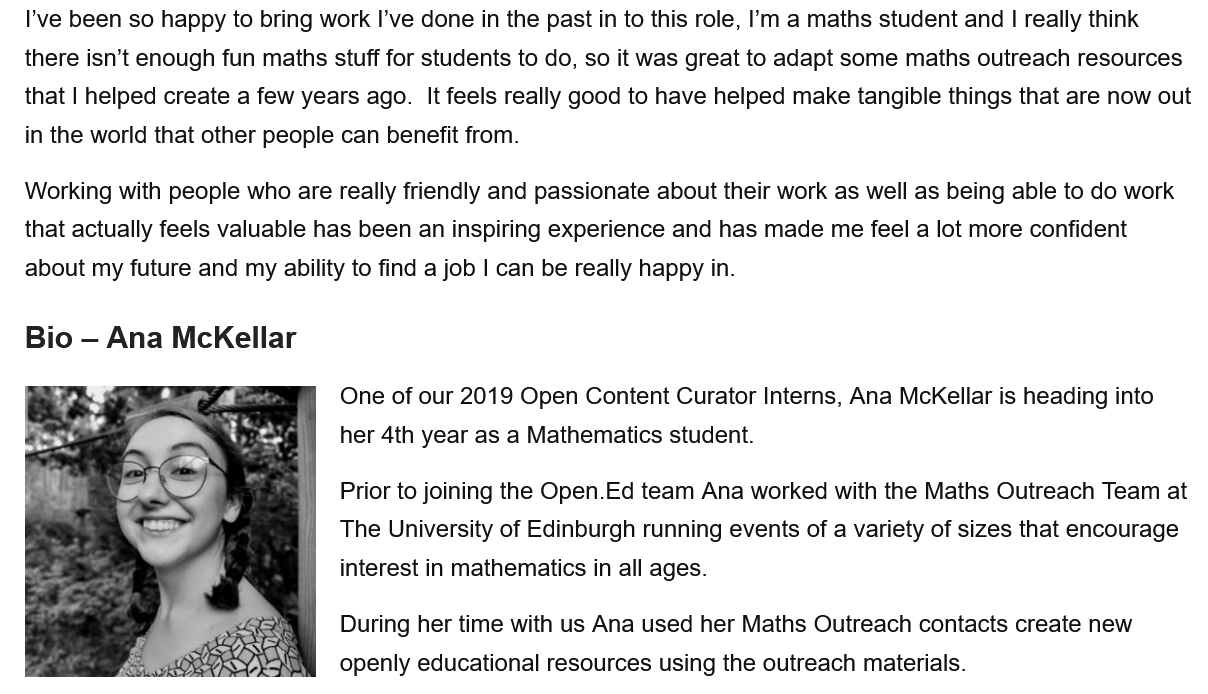
I've been so happy to bring work I’ve done in the past in to this role, I’m a maths student and | really think
  there isn’t enough fun maths stuff for students to do, so it was great to adapt some maths outreach resources
  that | helped create a few years ago. It feels really good to have helped make tangible things that are now out
   in the world that other people can benefit from.
  Working with people who are really friendly and passionate about their work as well as being able to do work
  that actually feels valuable has been an inspiring experience and has made me feel a lot more confident
   about my future and my ability to find a job | can be really happy in.
     One of our 2019 Open Content Curator Interns, Ana McKellar is heading into
     her 4th year as a Mathematics student.
     Prior to joining the Open.Ed team Ana worked with the Maths Outreach Team at
     The University of Edinburgh running events of a variety of sizes that encourage
     interest in mathematics in all ages.
     During her time with us Ana used her Maths Outreach contacts create new
     openly educational resources using the outreach materials.
   Bio
     —
     Ana  McKellar